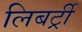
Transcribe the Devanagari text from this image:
लिबर्ट्री